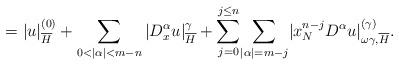
LaTeX: \begin{align*}=|u|_{\overline{H}}^{(0)}+\sum_{0<|\alpha|<m-n}|D^{\alpha}_{x}u|^{\gamma}_{\overline{H}}+{\displaystyle\sum\limits_{j=0}^{j\leq n}}{\displaystyle\sum\limits_{|\alpha|=m-j}}|x_{N}^{n-j}D^{\alpha}u|_{\omega\gamma,\overline{H}}^{(\gamma)}.\end{align*}